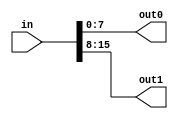
// This program was cloned from: https://github.com/lvyitian/public_personal_files
// License: Creative Commons Zero v1.0 Universal

module TC_Splitter16 (in, out0, out1);
    parameter UUID = 0;
    parameter NAME = "";
    input [15:0] in;
    output [7:0] out0;
    output [7:0] out1;
    
    assign {out1, out0} = in;
endmodule